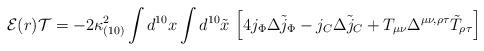
LaTeX: \begin{align*}{\cal E}(r){\cal T} =- 2\kappa_{(10)}^2 \int d^{10}x \int d^{10}{\tilde x}\ \Bigl[ 4 j_{\Phi} \Delta {\tilde j_{\Phi}}- j_{C} \Delta {\tilde j_{C}} +T_{\mu\nu} \Delta^{\mu\nu,\rho\tau}{\tilde T}_{\rho\tau}\Bigr]\end{align*}